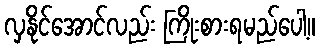
လှနိုင်အောင်လည်း ကြိုးစားရမည်ပေါ့။